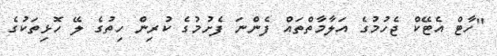
"ހާޓް އެޓޭކް ޖެހުމުގެ އަލާމާތްތައް ފެންނަ ފެށުމުގެ ކުރިން ހިތުގެ ލޭ ހޮޅިތަކުގެ